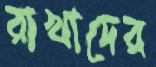
রাখাদের